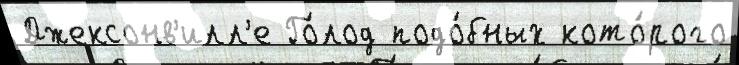
Джексонв'илл'е Го́лод подо́бных кото́рого